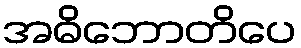
အဓိဘောတိပေ